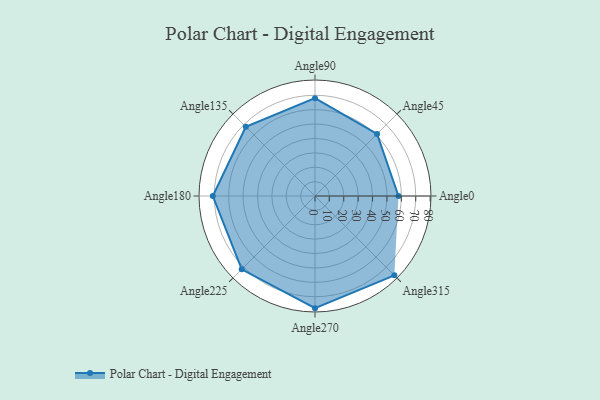
{"axis": {"x": "Angle", "y": "Radius"}, "legend": [""], "data": [{"x": "Angle0", "y": 58.0, "type": ""}, {"x": "Angle45", "y": 61.0, "type": ""}, {"x": "Angle90", "y": 68.0, "type": ""}, {"x": "Angle135", "y": 68.0, "type": ""}, {"x": "Angle180", "y": 71.0, "type": ""}, {"x": "Angle225", "y": 72.0, "type": ""}, {"x": "Angle270", "y": 78.0, "type": ""}, {"x": "Angle315", "y": 78.0, "type": ""}]}